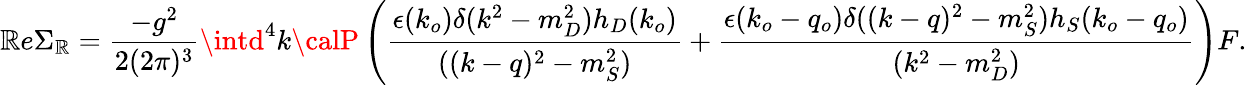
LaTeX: \mathbb{R}e\Sigma_{\mathbb{R}}={\frac{{-g^{2}}}{{2(2\pi)^{3}}}}\intd^{4}k{\calP}\left({\frac{{\epsilon(k_{o})\delta(k^{2}-m_{D}^{2})h_{D}(k_{o})}}{{((k-q)^{2}-m_{S}^{2})}}}+{\frac{{\epsilon(k_{o}-q_{o})\delta((k-q)^{2}-m_{S}^{2})h_{S}(k_{o}-q_{o})}}{{(k^{2}-m_{D}^{2})}}}\right)F.